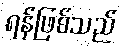
ရန်ဖြစ်သည်